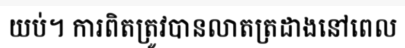
យប់។ ការពិតត្រូវបានលាតត្រដាងនៅពេល